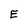
Character: E